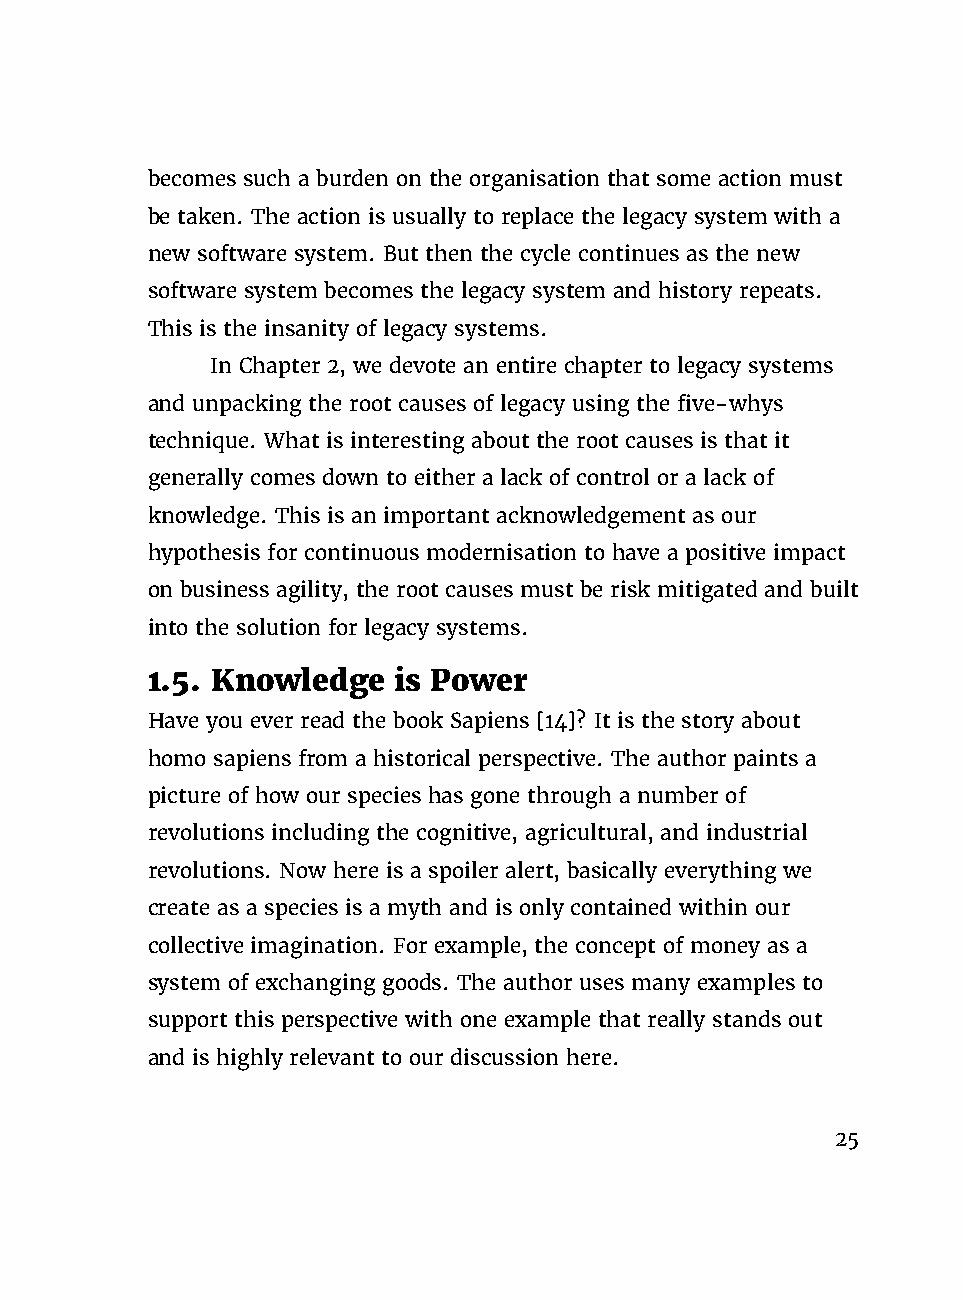
becomes such a burden on the organisation that some action must
 be taken. The action is usually to replace the legacy system with a
 new software system. But then the cycle continues as the new
 software system becomes the legacy system and history repeats.
 This is the insanity of legacy systems.
 In Chapter 2, we devote an entire chapter to legacy systems
 and unpacking the root causes of legacy using the five-whys
 technique. What is interesting about the root causes is that it
 generally comes down to either a lack of control or a lack of
 knowledge. This is an important acknowledgement as our
 hypothesis for continuous modernisation to have a positive impact
 on business agility, the root causes must be risk mitigated and built
 into the solution for legacy systems.
 1.5. Knowledge  is Power
 Have you ever read the book Sapiens [14]? It is the story about
 homo sapiens from a historical perspective. The author paints a
 picture of how our species has gone through a number of
 revolutions including the cognitive, agricultural, and industrial
 revolutions. Now here is a spoiler alert, basically everything we
 create as a species is a myth and is only contained within our
 collective imagination. For example, the concept of money as a
 system of exchanging goods. The author uses many examples to
 support this perspective with one example that really stands out
 and is highly relevant to our discussion here.
 25